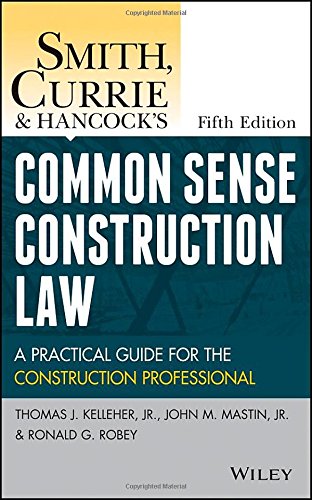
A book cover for Smith, Currie and Hancock's Common Sense Construction Law: A Practical Guide for the Construction Professional; Thomas J. Kelleher Jr.; Law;